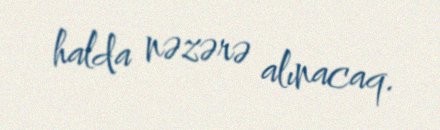
halda nəzərə alınacaq.